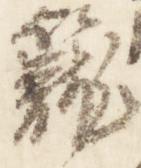
籠